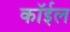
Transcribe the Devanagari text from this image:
कॉईल